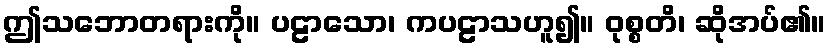
ဤသဘောတရားကို။ ပဠာသော၊ ကပဠာသဟူ၍။ ဝုစ္စတိ၊ ဆိုအပ်၏။